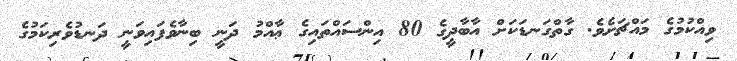
ވިއްކުމުގެ މައްޗަށެވެ. ގާތްގަނޑަކަށް އާބާދީގެ 80 އިންސައްތައިގެ ޢާއްމު ދަނީ ބިނާވެފައިވަނީ ދަނޑުވެރިކަމުގެ